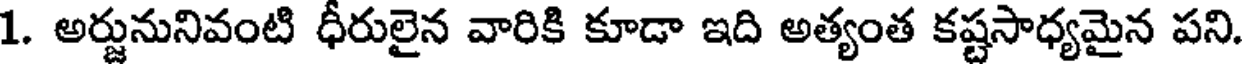
1. అర్జునునివంటి ధీరులైన వారికి కూడా ఇది అత్యంత కష్టసాధ్యమైన పని